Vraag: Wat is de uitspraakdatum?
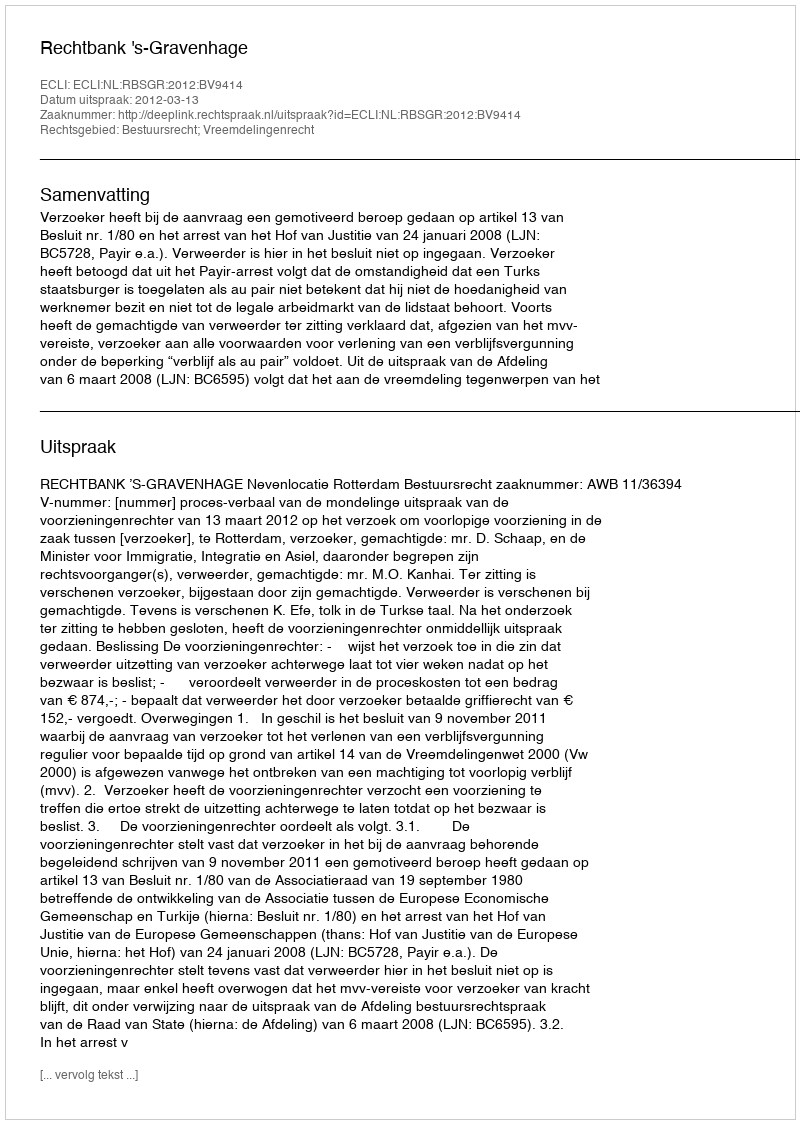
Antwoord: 2012-03-13